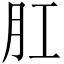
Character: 肛